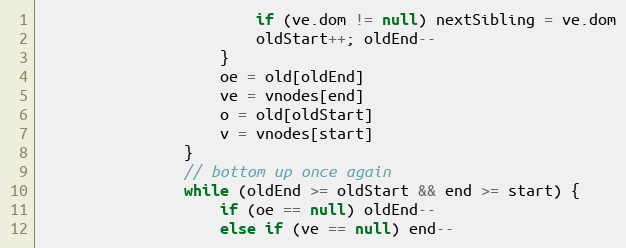
Language: JavaScript
						if (ve.dom != null) nextSibling = ve.dom
						oldStart++; oldEnd--
					}
					oe = old[oldEnd]
					ve = vnodes[end]
					o = old[oldStart]
					v = vnodes[start]
				}
				// bottom up once again
				while (oldEnd >= oldStart && end >= start) {
					if (oe == null) oldEnd--
					else if (ve == null) end--